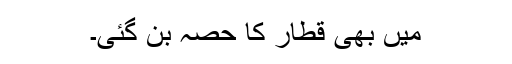
میں بھی قطار کا حصہ بن گئی۔